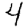
Digit: 4